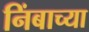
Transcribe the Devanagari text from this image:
निंबाच्या